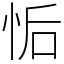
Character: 㤧